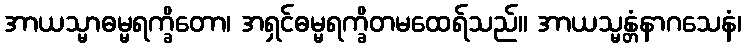
အာယသ္မာဓမ္မရက္ခိတော၊ အရှင်ဓမ္မရက္ခိတမထေရ်သည်။ အာယသ္မန္တံနာဂသေနံ၊